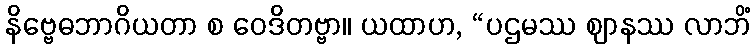
နိဗ္ဗေဓဘာဂိယတာ စ ဝေဒိတဗ္ဗာ။ ယထာဟ, “ပဌမဿ ဈာနဿ လာဘိံ